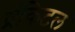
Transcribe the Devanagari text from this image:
ब्रंकिटल